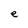
Character: e